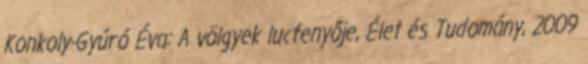
Konkoly-Gyúró Éva: A völgyek lucfenyője, Élet és Tudomány, 2009